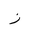
Letter: _zay